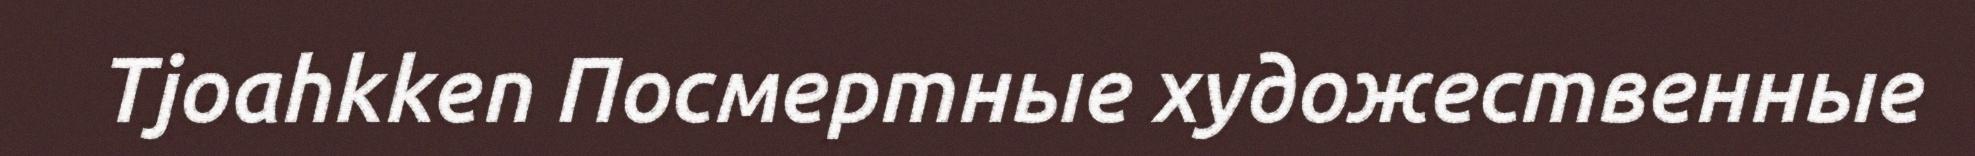
Tjoahkken Посмертные художественные